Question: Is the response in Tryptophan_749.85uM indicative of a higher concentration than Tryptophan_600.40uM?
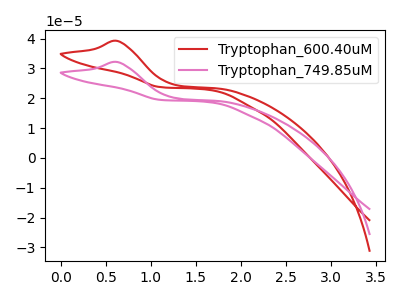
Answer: <think>The red curve "Tryptophan_600.40uM" has an anodic peak at: (0.65V, 39.20uA). The pink curve "Tryptophan_749.85uM" has an anodic peak at: (0.65V, 32.15uA).
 All the peaks in "Tryptophan_749.85uM" have a peak in "Tryptophan_600.40uM" at the same potential. Every peak in "Tryptophan_749.85uM" is lower than every peak in "Tryptophan_600.40uM".</think>
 <answer>"Tryptophan_749.85uM" has less signal than "Tryptophan_600.40uM".</answer>
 <eval>less_signal</eval>